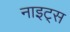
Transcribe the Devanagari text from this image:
नाइट्‌स